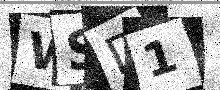
Text: WSD1